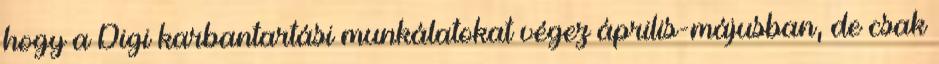
hogy a Digi karbantartási munkálatokat végez április-májusban, de csak